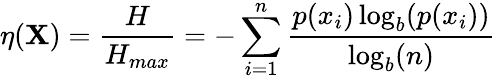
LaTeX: \eta(\mathbf{X})={\frac{{H}}{{H_{max}}}}=-\sum_{i=1}^{n}{\frac{{p(x_{i})\log_{b}(p(x_{i}))}}{{\log_{b}(n)}}}